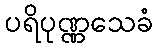
ပရိပုဏ္ဏသေခံ